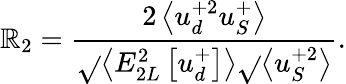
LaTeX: \mathbb{R}_{2}=\frac{{2\left<u_{d}^{+2}u_{S}^{+}\right>}}{{\sqrt{}{{\left<E_{2L}^{2}\left[u_{d}^{+}\right]\right>}}\sqrt{}{{\left<u_{S}^{+2}\right>}}}}.